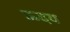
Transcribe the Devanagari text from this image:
ऊदय